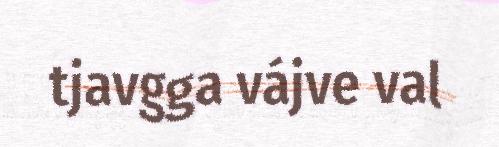
tjavgga vájve val